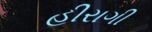
હીરાગી